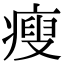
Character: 瘦